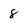
Character: 8